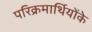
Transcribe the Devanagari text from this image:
परिक्रमार्थियोंके